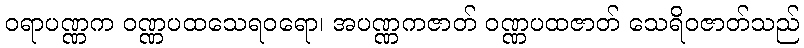
ဝရာပဏ္ဏက ဝဏ္ဏပထသေရဝရော၊ အပဏ္ဏကဇာတ် ဝဏ္ဏပထဇာတ် သေရိဝဇာတ်သည်